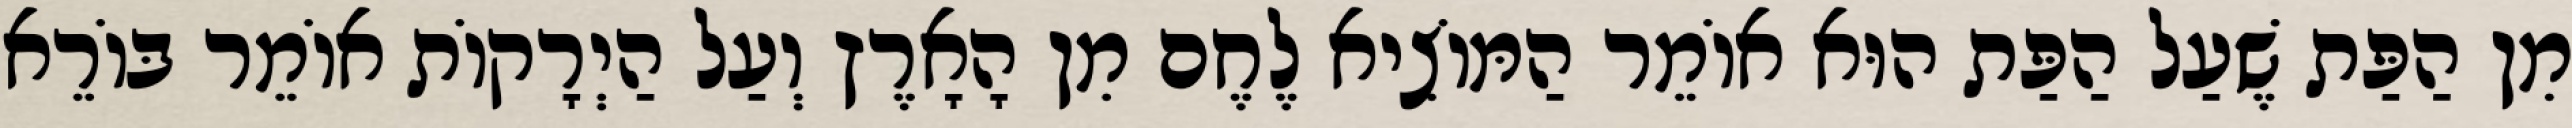
מִן הַפַּת שֶׁעַל הַפַּת הוּא אוֹמֵר הַמּוֹצִיא לֶחֶם מִן הָאָרֶץ וְעַל הַיְרָקוֹת אוֹמֵר בּוֹרֵא